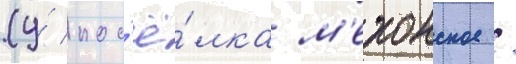
(у́ пос'ё́лка м'ехонское /